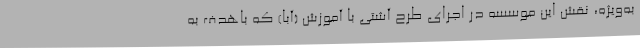
به‌ویژه، نقش این موسسه در اجرای طرح آشتی با آموزش (آبا) که باهدف به